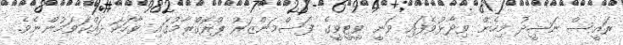
ރައީސް ނަޝީދު މިހެން ވިދާޅުވެފައި ވަނީ ވީޓީވީގެ ފަސްމަންޒަރު ޕްރޮގްރާމުގައި ވާހަކަ ދައްކަވަމުންނެވެ.